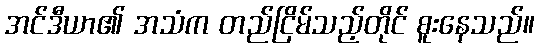
အင်ဒီယာ၏ အသံက တည်ငြိမ်သည့်တိုင် စူးနေသည်။